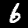
Digit: 6